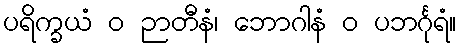
ပရိက္ခယံ ဝ ဉာတီနံ၊ ဘောဂါနံ ဝ ပဘင်္ဂုရံ။